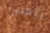
الكثير